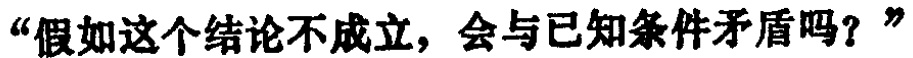
“假如这个结论不成立，会与已知条件矛盾吗？”